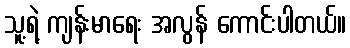
သူ့ရဲ့ ကျန်းမာရေး အလွန် ကောင်းပါတယ်။